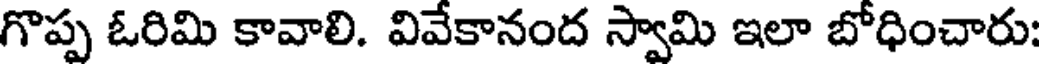
గొప్ప ఓరిమి కావాలి. వివేకానంద స్వామి ఇలా బోధించారు